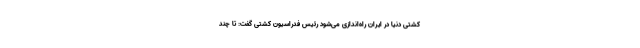
کشتی دنیا در ایران راه‌اندازی می‌شود رئیس فدراسیون کشتی گفت: تا چند